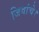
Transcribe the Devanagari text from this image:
जिवांचे।